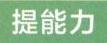
提能力